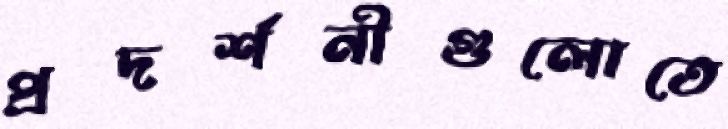
প্রদর্শনীগুলোতে